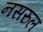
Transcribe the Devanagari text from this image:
नसरुल